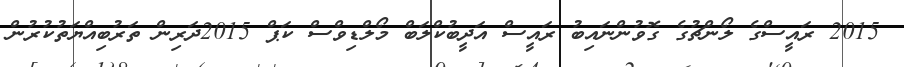
2015 ރައީސްގެ ލޯންޗުގެ ގޮވުންނައިބު ރައީސް އަދީބުކްލަބް މޯލްޑިވްސް ކަޕް 2015ދަރިން ތަރުބިއްޔަތުކުރުން